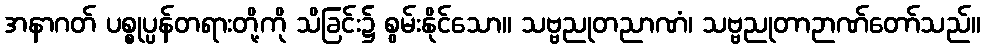
အနာဂတ် ပစ္စုပ္ပန်တရားတို့ကို သိခြင်း၌ စွမ်းနိုင်သော။ သဗ္ဗညုတညာဏံ၊ သဗ္ဗညုတာဉာဏ်တော်သည်။